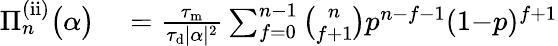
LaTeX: \begin{array}{rl}{\Pi_{n}^{\mathrm{(ii)}}\big(\alpha\big)}&{{}=\frac{\tau_{\mathrm{m}}}{\tau_{\mathrm{d}}|\alpha|^{2}}\sum_{f=0}^{n-1}\binom{n}{f+1}p^{n-f-1}(1{-}p)^{f+1}}\end{array}